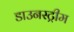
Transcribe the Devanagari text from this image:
डाउनस्‍ट्रीम